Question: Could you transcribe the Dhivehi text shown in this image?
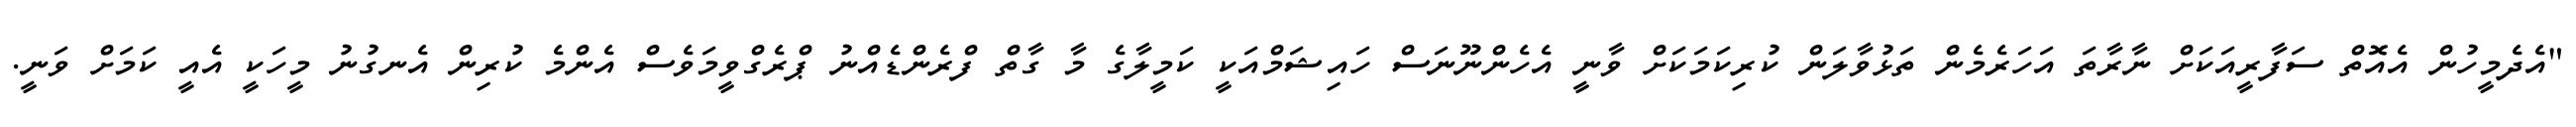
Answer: "އެދެމީހުން އެއޮތް ސަފާރީއަކަށް ނާރާތަ އަހަރެމެން ތަޅުވާލަން ކުރިކަމަކަށް ވާނީ އެހެންނޫނަސް ހައިޝަމްއަކީ ކަމީލާގެ މާ ގާތް ފްރެންޑެއްނު ޕްރެގްވީމަވެސް އެންމެ ކުރިން އެނގުނު މީހަކީ އެއީ ކަމަށް ވަނީ.